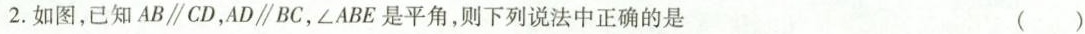
2.如图，已知$$AB\parallel CD$$，$$AD\parallel BC$$，\angle ABE是平角，则下列说法中正确的是 ()